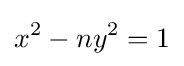
x^{2}-ny^{2}=1